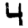
Digit: 4